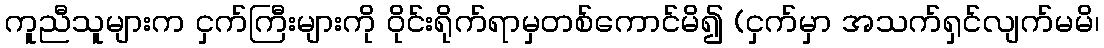
ကူညီသူများက ငှက်ကြီးများကို ဝိုင်းရိုက်ရာမှတစ်ကောင်မိ၍ (ငှက်မှာ အသက်ရှင်လျက်မမိ၊